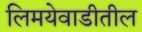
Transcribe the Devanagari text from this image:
लिमयेवाडीतील